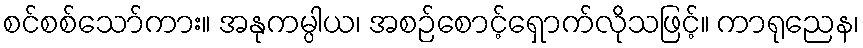
စင်စစ်သော်ကား။ အနုကမ္ပါယ၊ အစဉ်စောင့်ရှောက်လိုသဖြင့်။ ကာရုညေန၊